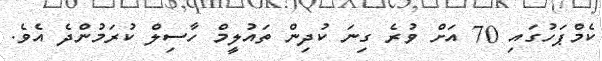
ކެމްޕަހުގައި 70 އަށް ވުރެ ގިނަ ކުދިން ތައުލީމް ހާސިލް ކުރަމުންދެ އެވެ.